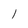
Character: l